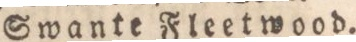
Swante Fleetwood.